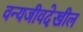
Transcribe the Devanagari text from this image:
वन्यजीवदेखील